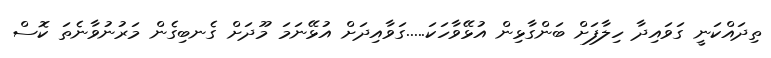
ތިދައްކަނީ ގަވައިދާ ހިލާފަށް ބަންގާޅިން އުޅޭވާހަކަ.....ގަވާއިދަށް އުޅޭނަމަ މޫދަށް ގެނބިގެން މަރުނުވާނެތަ ކޮސް